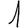
Digit: 1